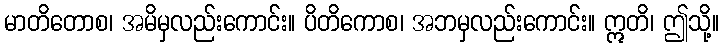
မာတိတောစ၊ အမိမှလည်းကောင်း။ ပိတိကောစ၊ အဘမှလည်းကောင်း။ ဣတိ၊ ဤသို့။